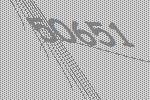
50651